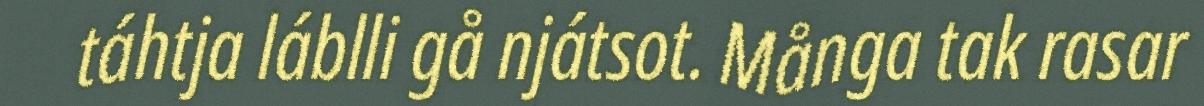
táhtja láblli gå njátsot. Många tak rasar